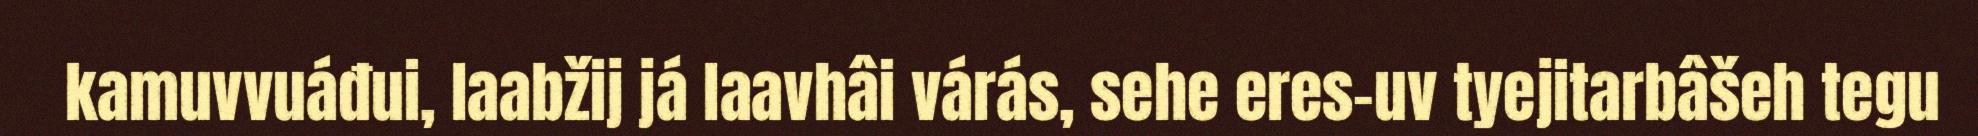
kamuvvuáđui, laabžij já laavhâi várás, sehe eres-uv tyejitarbâšeh tegu